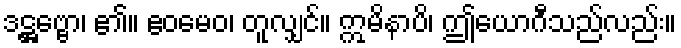
ဒဋ္ဌဗ္ဗော၊ ၏။ ဧဝမေဝ၊ တူလျှင်။ ဣမိနာပိ၊ ဤယောဂီသည်လည်း။